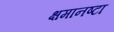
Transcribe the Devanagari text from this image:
क्षमानष्टा